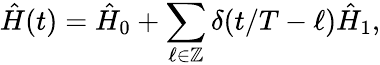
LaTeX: \hat{H}(t)=\hat{H}_{0}+\sum_{\ell\in\mathbb{Z}}\delta(t/T-\ell)\hat{H}_{1},